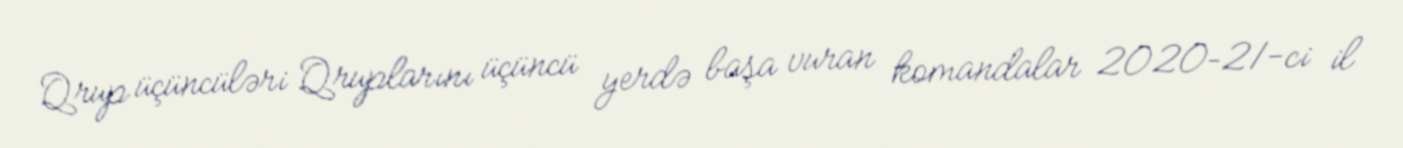
Qrup üçüncüləri Qruplarını üçüncü yerdə başa vuran komandalar 2020–21-ci il